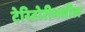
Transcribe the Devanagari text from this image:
टेरिटोरीमधील